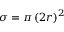
\sigma = \pi \left( 2 r \right) ^ { 2 }